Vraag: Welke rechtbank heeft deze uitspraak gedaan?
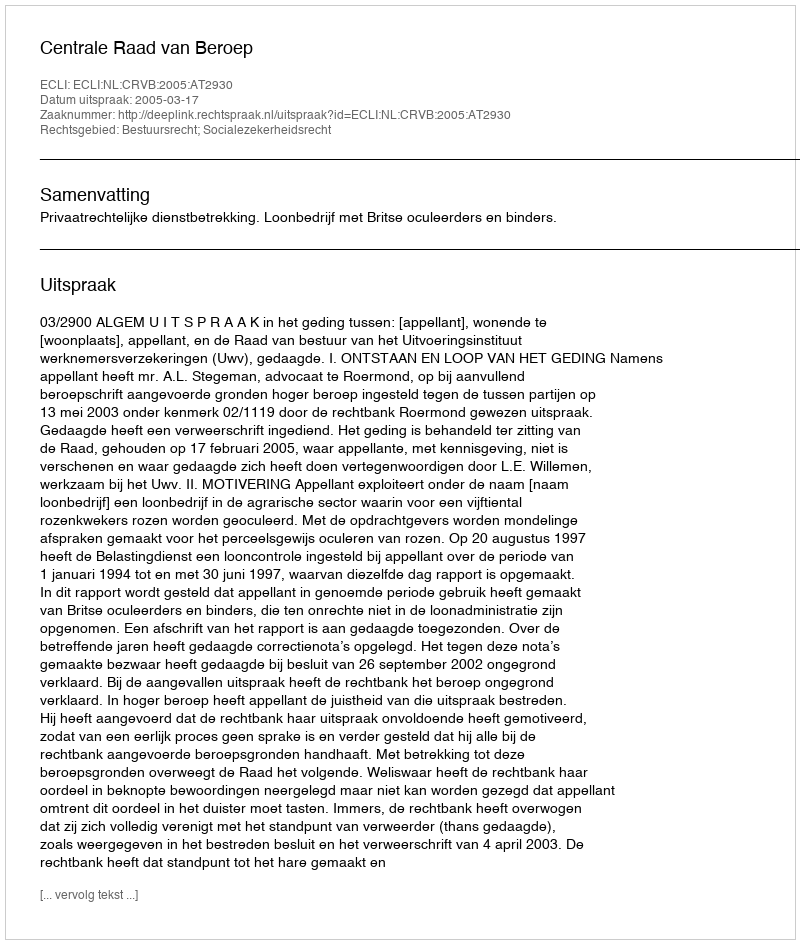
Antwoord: Centrale Raad van Beroep